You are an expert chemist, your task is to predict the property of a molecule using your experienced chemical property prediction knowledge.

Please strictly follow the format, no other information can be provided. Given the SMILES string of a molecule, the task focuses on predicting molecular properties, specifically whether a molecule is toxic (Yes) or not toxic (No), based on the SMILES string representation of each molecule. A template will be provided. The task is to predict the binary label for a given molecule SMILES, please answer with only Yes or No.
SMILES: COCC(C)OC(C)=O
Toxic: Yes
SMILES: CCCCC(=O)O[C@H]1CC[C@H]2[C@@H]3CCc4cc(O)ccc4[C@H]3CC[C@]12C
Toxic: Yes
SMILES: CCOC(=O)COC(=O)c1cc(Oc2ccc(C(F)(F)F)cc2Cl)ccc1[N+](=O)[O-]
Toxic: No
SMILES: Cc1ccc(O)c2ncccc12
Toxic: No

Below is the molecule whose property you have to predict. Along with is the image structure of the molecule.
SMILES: Oc1ncnc2[nH]ncc12
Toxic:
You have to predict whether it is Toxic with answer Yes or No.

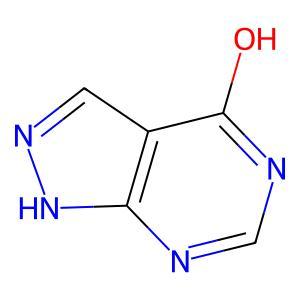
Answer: No